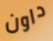
داون